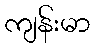
ကျန်းမာ